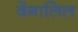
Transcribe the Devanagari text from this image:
वेंगालिल